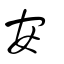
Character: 安